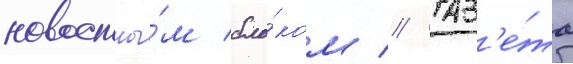
новостны́м бло́ком // Газ'е́та